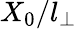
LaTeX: X_{0}/l_{\perp}